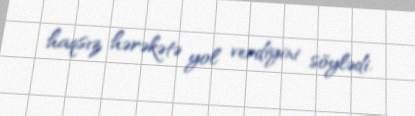
haqsız hərəkətə yol verdiyini söylədi.